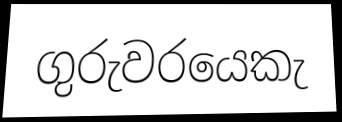
ගුරුවරයෙකැ